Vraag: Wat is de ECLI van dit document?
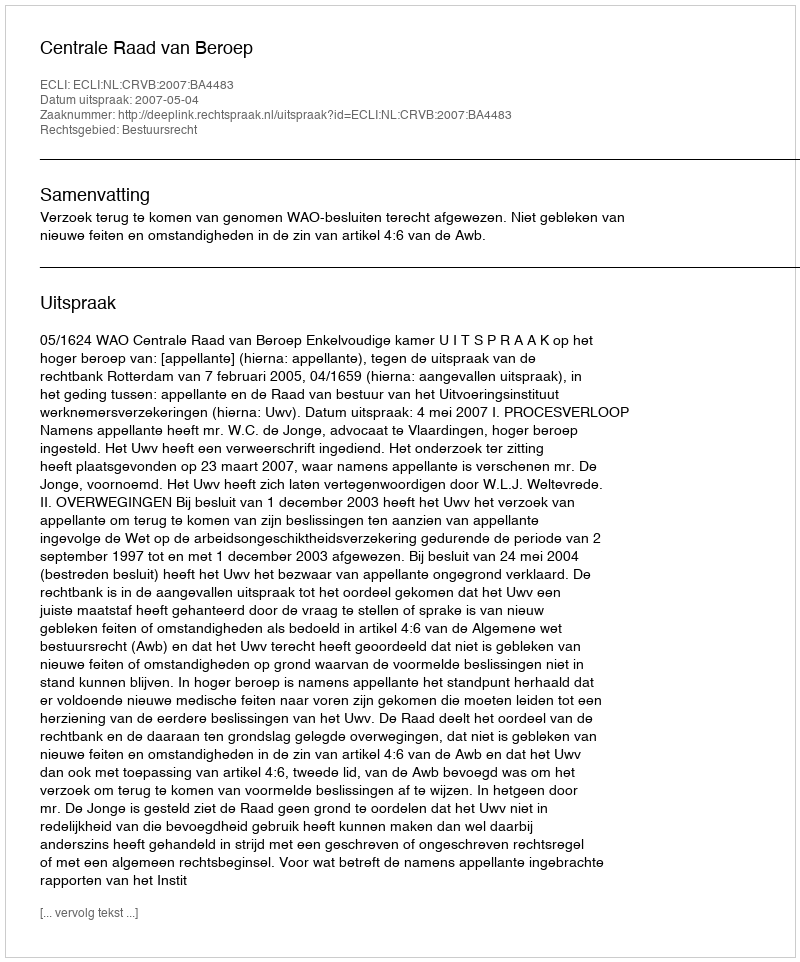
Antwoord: ECLI:NL:CRVB:2007:BA4483